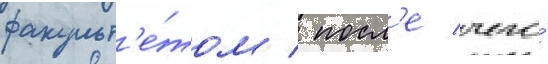
факульт'е́том / посл'е чего́